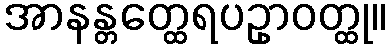
အာနန္တတ္ထေရပဥှာဝတ္ထု။